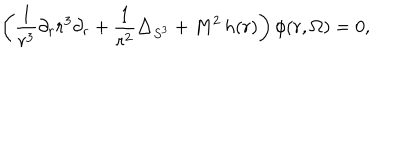
LaTeX: \left( \frac { 1 } { r ^ { 3 } } \partial _ { r } r ^ { 3 } \partial _ { r } + \frac { 1 } { r ^ { 2 } } \triangle _ { S ^ { 3 } } + M ^ { 2 } \, h ( r ) \right) \phi ( r , \Omega ) = 0 ,